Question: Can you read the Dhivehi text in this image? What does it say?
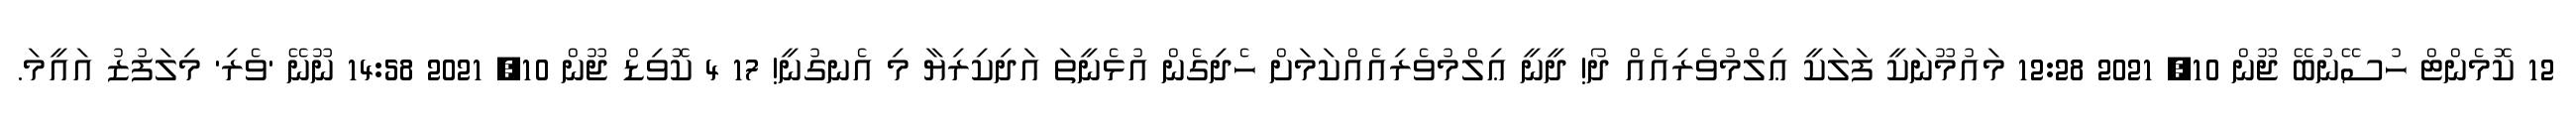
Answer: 12 ކޮމެންޓް ހުސޭނުބޭ ޖޫން 10, 2021 12:28 މައުމޫނަކީ ފަލަކީ ޢިލްމުވެރިއެއް ދޯ! ދީނީ ޢިލްމުވެރިއެއްކަމަށް ހެދިގެން އުޅެނީތަ އަދިކިރިޔާ މި އެނގުނީ! 17 4 ކޮވިޑް ޖޫން 10, 2021 14:58 ނޫނޭ 'ވެރި' މިލަފުޒު އައީމަ.